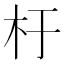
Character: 杅